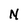
Character: N